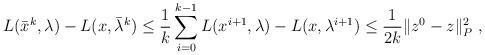
LaTeX: \begin{align*} L(\bar x^k,\lambda)-L(x,\bar \lambda^k)\leq \frac 1k \sum_{i=0}^{k-1}L(x^{i+1},\lambda)-L(x,\lambda^{i+1}) \leq \frac{1}{2 k}\|z^{0}-z\|_{P}^2 \ , \end{align*}